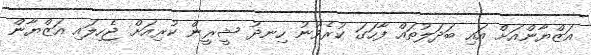
އަޒްޔާންއަށް އައި ބަދަލުތައް ފާހަގަ ކުރެވުނު ހިނދު ޝީރީން ކުރިއަށް ޖެހިލައި އަޒްޔާން